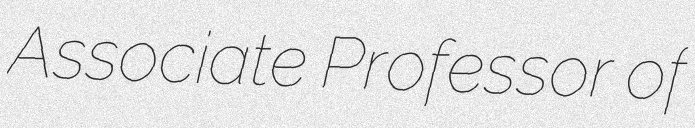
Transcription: Associate Professor of